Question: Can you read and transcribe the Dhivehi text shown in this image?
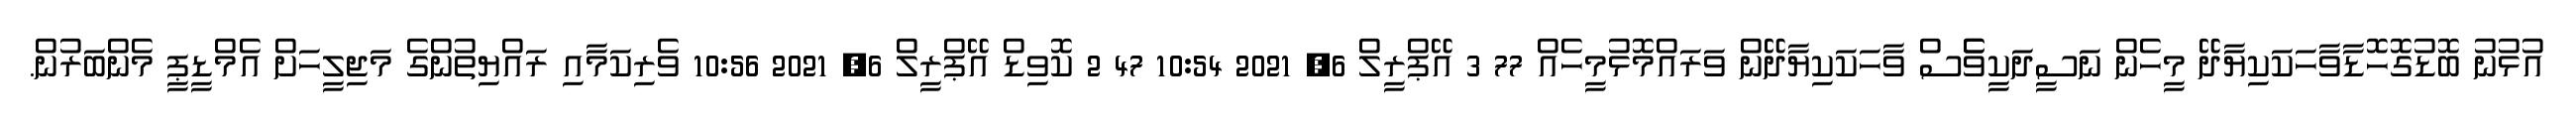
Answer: އުޅުނު ބޮޑުގޮހޮޑާވާހަކަކިޔާދޭ މީހެން ނަސީދަކީވެެސް ވާހަކަކިޔާދޭން ވަރައްމޮޅުމީހެއް 77 3 އޭޕްރީލް 6, 2021 10:54 47 2 ކޮވިޑް އޭޕްރީލް 6, 2021 10:56 ވެރިކަމާއި ރައްޔިތުންގެ މަޖިލީހަށް އެމްޑީޕީ މެންބަރުން.